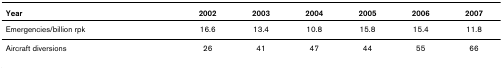
| Year | 2002 | 2003 | 2004 | 2005 | 2006 | 2007 |
 | --- | --- | --- | --- | --- | --- | --- |
 | Emergencies/billion rpk | 16.6 | 13.4 | 10.8 | 15.8 | 15.4 | 11.8 |
 | Aircraft diversions | 26 | 41 | 47 | 44 | 55 | 66 |